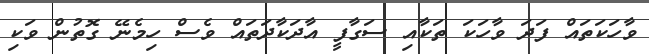
ވާހަކަތައް ފަދަ ވާހަކަ ތަކާއި ސަގާފީ އާދަކާދަތައް ވެސް ހިމެނޭ ގޮތުން ވަކި